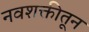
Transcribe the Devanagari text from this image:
नवशक्तीतून